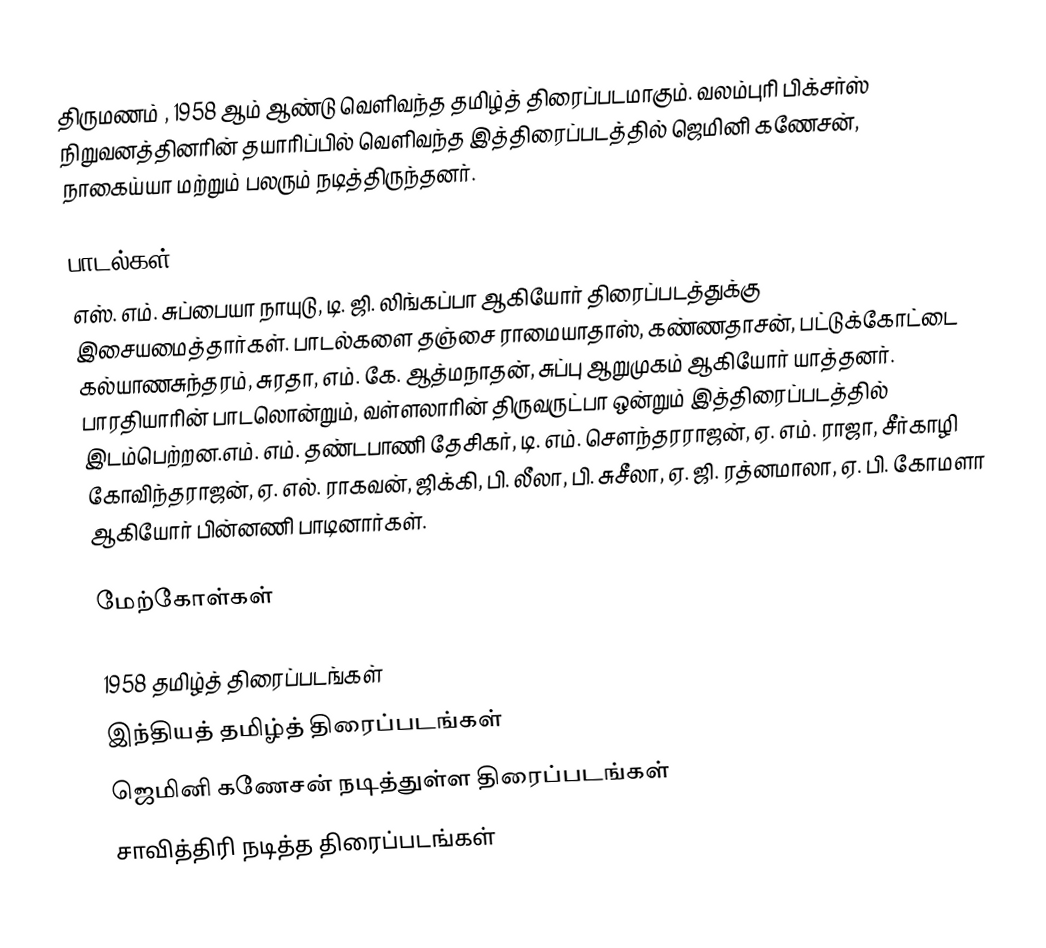
திருமணம் , 1958 ஆம் ஆண்டு வெளிவந்த தமிழ்த் திரைப்படமாகும். வலம்புரி பிக்சர்ஸ் நிறுவனத்தினரின் தயாரிப்பில் வெளிவந்த இத்திரைப்படத்தில் ஜெமினி கணேசன், நாகைய்யா மற்றும் பலரும் நடித்திருந்தனர்.

பாடல்கள்
எஸ். எம். சுப்பையா நாயுடு, டி. ஜி. லிங்கப்பா ஆகியோர் திரைப்படத்துக்கு இசையமைத்தார்கள். பாடல்களை தஞ்சை ராமையாதாஸ், கண்ணதாசன், பட்டுக்கோட்டை கல்யாணசுந்தரம், சுரதா, எம். கே. ஆத்மநாதன், சுப்பு ஆறுமுகம் ஆகியோர் யாத்தனர். பாரதியாரின் பாடலொன்றும், வள்ளலாரின் திருவருட்பா ஒன்றும் இத்திரைப்படத்தில் இடம்பெற்றன.எம். எம். தண்டபாணி தேசிகர், டி. எம். சௌந்தரராஜன், ஏ. எம். ராஜா, சீர்காழி கோவிந்தராஜன், ஏ. எல். ராகவன், ஜிக்கி, பி. லீலா, பி. சுசீலா, ஏ. ஜி. ரத்னமாலா, ஏ. பி. கோமளா ஆகியோர் பின்னணி பாடினார்கள்.

மேற்கோள்கள்

1958 தமிழ்த் திரைப்படங்கள்
இந்தியத் தமிழ்த் திரைப்படங்கள்
ஜெமினி கணேசன் நடித்துள்ள திரைப்படங்கள்
சாவித்திரி நடித்த திரைப்படங்கள்